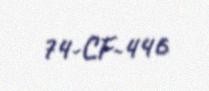
74-CF-446